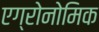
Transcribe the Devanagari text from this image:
एग्रोनोमिक